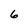
Character: 6